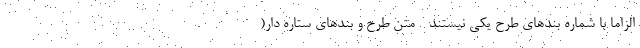
الزاماً با شماره بندهای طرح یکی نیستند - متن طرح و بندهای ستاره دار(